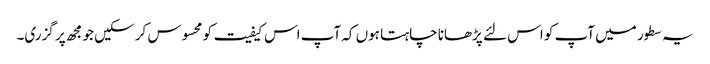
یہ سطور میں آپ کو اس لئے پڑھانا چاہتا ہوں کہ آپ اس کیفیت کو محسوس کر سکیں جو مجھ پر گزری۔